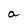
Character: a